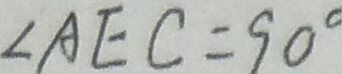
\angle A E C = 9 0 ^ { \circ }